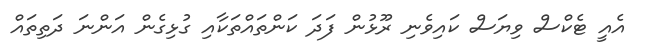
އެއީ ޓެކްސް ވިޔަސް ކައިވެނި ރޫޅުން ފަދަ ކަންތައްތަކާއި ގުޅިގެން އަންނަ ދަތިތައް